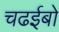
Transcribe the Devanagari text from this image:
चढईबो